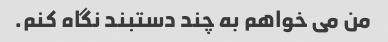
من می خواهم به چند دستبند نگاه کنم.